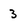
Character: 3